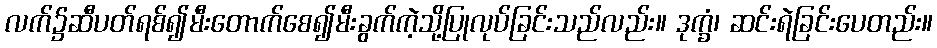
လက်၌ဆီပတ်ရစ်၍မီးတောက်စေ၍မီးခွက်ကဲ့သို့ပြုလုပ်ခြင်းသည်လည်း။ ဒုက္ခံ၊ ဆင်းရဲခြင်းပေတည်း။